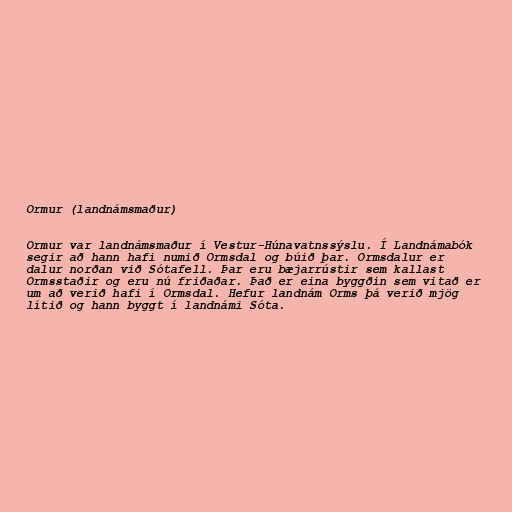
Ormur (landnámsmaður)

Ormur var landnámsmaður í Vestur-Húnavatnssýslu. Í Landnámabók
segir að hann hafi numið Ormsdal og búið þar. Ormsdalur er
dalur norðan við Sótafell. Þar eru bæjarrústir sem kallast
Ormsstaðir og eru nú friðaðar. Það er eina byggðin sem vitað er
um að verið hafi í Ormsdal. Hefur landnám Orms þá verið mjög
lítið og hann byggt í landnámi Sóta.